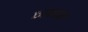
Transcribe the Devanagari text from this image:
छापाच्या